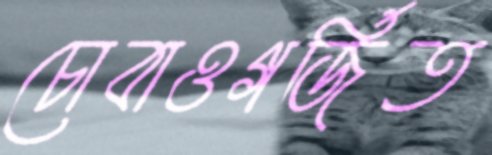
চোবাওগর্জিত